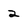
Character: 2